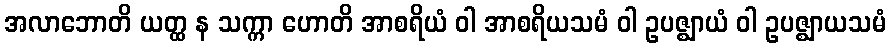
အလာဘောတိ ယတ္ထ န သက္ကာ ဟောတိ အာစရိယံ ဝါ အာစရိယသမံ ဝါ ဥပဇ္ဈာယံ ဝါ ဥပဇ္ဈာယသမံ